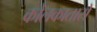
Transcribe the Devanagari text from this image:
कोलकातासे